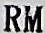
RM